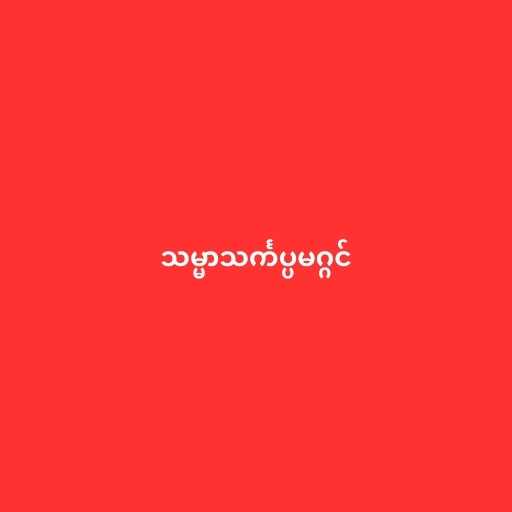
သမ္မာသင်္ကပ္ပမဂ္ဂင်